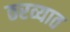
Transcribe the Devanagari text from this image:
ठरव्यात